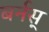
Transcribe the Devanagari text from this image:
बर्नस्